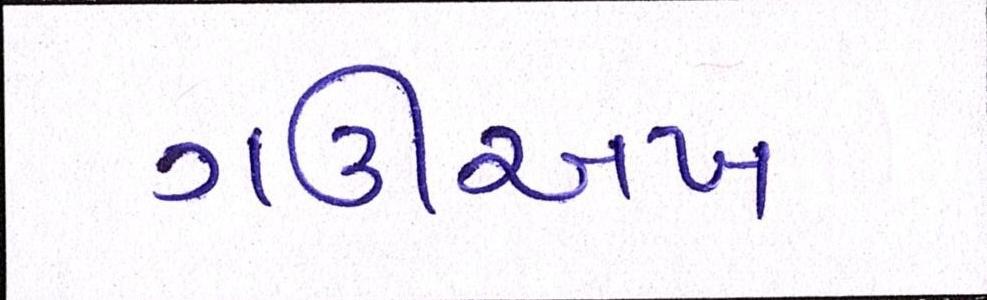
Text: ગઊઅખ